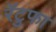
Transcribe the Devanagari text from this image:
रॅटुफा